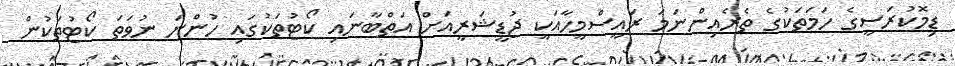
ޑިމޮކުރަސީގެ ހަމަތަކުގެ ތެރެއިންނަމަ ރައީސްމީހާއަކީ ޖުޑީޝަރީއަށް އަތްބާނައި ކޯޓުތަކުގައި ހުންނަ ނުވަތަ ކޯޓުތަކުން